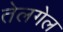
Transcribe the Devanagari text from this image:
तेलगेल